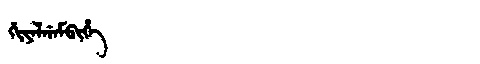
Manchu: ᡤᡳᠶᠠᠯᡤᠠᠮᠪᡳᡥᡝ
Romanization: GIYALGAMBIHE